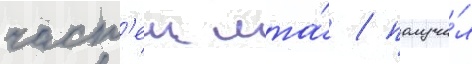
част'еи мта́ / получи́л